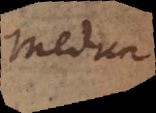
Medica